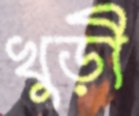
খুড়ী